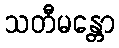
သတီမန္တော